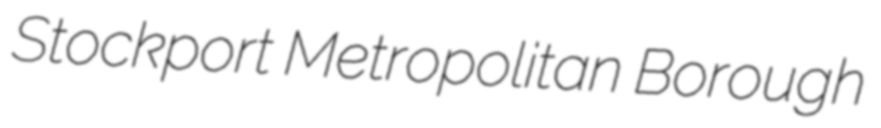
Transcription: Stockport Metropolitan Borough